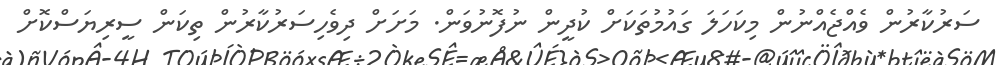
ސަރުކާރުން ވެއްޖެއްނުން މިކަހަލަ ގައުމުތަކަށް ކުދީން ނުފޮނުވަން. މަށަށް ދިވެހިސަރުކާރުން ތިކަން ސީރިޔަސްކޮށް